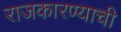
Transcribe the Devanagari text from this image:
राजकारण्याची